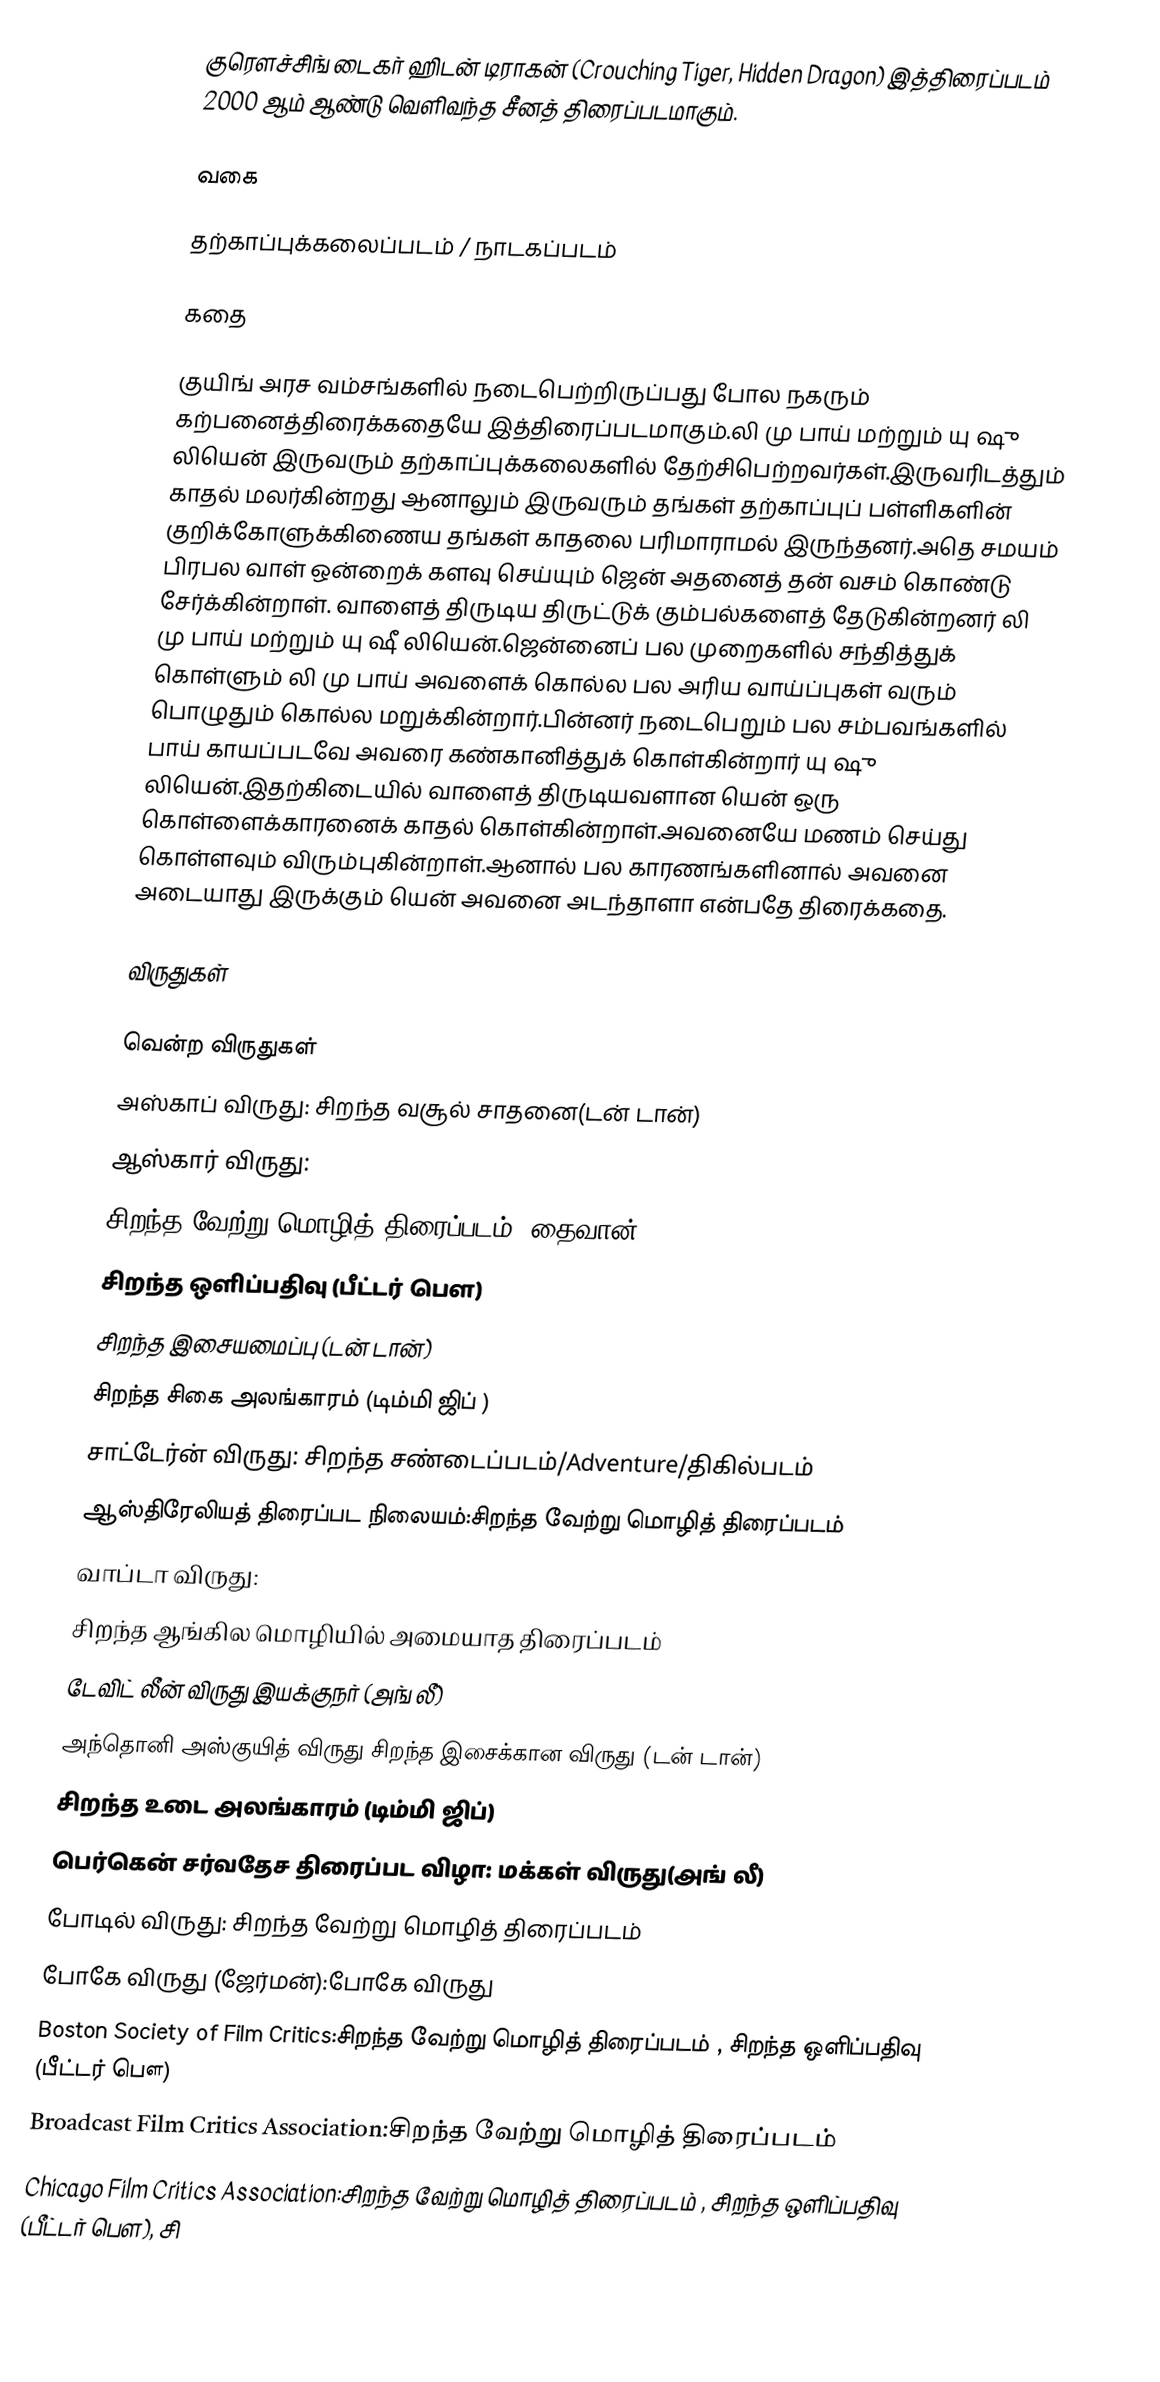
குரௌச்சிங் டைகர் ஹிடன் டிராகன் (Crouching Tiger, Hidden Dragon) இத்திரைப்படம் 2000 ஆம் ஆண்டு வெளிவந்த சீனத் திரைப்படமாகும்.

வகை

தற்காப்புக்கலைப்படம் / நாடகப்படம்

கதை

குயிங் அரச வம்சங்களில் நடைபெற்றிருப்பது போல நகரும் கற்பனைத்திரைக்கதையே இத்திரைப்படமாகும்.லி மு பாய் மற்றும் யு ஷு லியென் இருவரும் தற்காப்புக்கலைகளில் தேற்சிபெற்றவர்கள்.இருவரிடத்தும் காதல் மலர்கின்றது ஆனாலும் இருவரும் தங்கள் தற்காப்புப் பள்ளிகளின் குறிக்கோளுக்கிணைய தங்கள் காதலை பரிமாராமல் இருந்தனர்.அதெ சமயம் பிரபல வாள் ஒன்றைக் களவு செய்யும் ஜென் அதனைத் தன் வசம் கொண்டு சேர்க்கின்றாள். வாளைத் திருடிய திருட்டுக் கும்பல்களைத் தேடுகின்றனர் லி மு பாய் மற்றும் யு ஷீ லியென்.ஜென்னைப் பல முறைகளில் சந்தித்துக் கொள்ளும் லி மு பாய் அவளைக் கொல்ல பல அரிய வாய்ப்புகள் வரும் பொழுதும் கொல்ல மறுக்கின்றார்.பின்னர் நடைபெறும் பல சம்பவங்களில் பாய் காயப்படவே அவரை கண்கானித்துக் கொள்கின்றார் யு ஷு லியென்.இதற்கிடையில் வாளைத் திருடியவளான யென் ஒரு கொள்ளைக்காரனைக் காதல் கொள்கின்றாள்.அவனையே மணம் செய்து கொள்ளவும் விரும்புகின்றாள்.ஆனால் பல காரணங்களினால் அவனை அடையாது இருக்கும் யென் அவனை அடந்தாளா என்பதே திரைக்கதை.

விருதுகள்

வென்ற விருதுகள்
அஸ்காப் விருது: சிறந்த வசூல் சாதனை(டன் டான்)
ஆஸ்கார் விருது:
சிறந்த வேற்று மொழித் திரைப்படம் (தைவான்)
சிறந்த ஒளிப்பதிவு (பீட்டர் பௌ)
சிறந்த இசையமைப்பு (டன் டான்)
சிறந்த சிகை அலங்காரம் (டிம்மி ஜிப் )
சாட்டேர்ன் விருது: சிறந்த சண்டைப்படம்/Adventure/திகில்படம்
ஆஸ்திரேலியத் திரைப்பட நிலையம்:சிறந்த வேற்று மொழித் திரைப்படம்
வாப்டா விருது:
சிறந்த ஆங்கில மொழியில் அமையாத திரைப்படம்
டேவிட் லீன் விருது இயக்குநர் (அங் லீ)
அந்தொனி அஸ்குயித் விருது சிறந்த இசைக்கான விருது (டன் டான்)
சிறந்த உடை அலங்காரம் (டிம்மி ஜிப்)
பெர்கென் சர்வதேச திரைப்பட விழா: மக்கள் விருது(அங் லீ)
போடில் விருது: சிறந்த வேற்று மொழித் திரைப்படம்
போகே விருது (ஜேர்மன்):போகே விருது
Boston Society of Film Critics:சிறந்த வேற்று மொழித் திரைப்படம்  , சிறந்த ஒளிப்பதிவு (பீட்டர் பௌ)
Broadcast Film Critics Association:சிறந்த வேற்று மொழித் திரைப்படம்
Chicago Film Critics Association:சிறந்த வேற்று மொழித் திரைப்படம்  , சிறந்த ஒளிப்பதிவு (பீட்டர் பௌ), சி